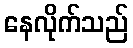
နေလိုက်သည်